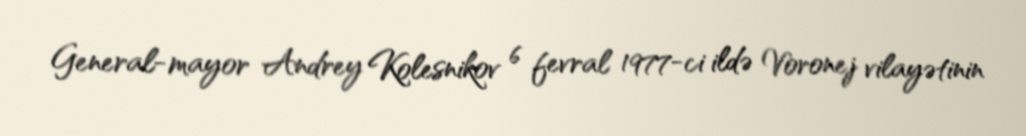
General-mayor Andrey Kolesnikov 6 fevral 1977-ci ildə Voronej vilayətinin